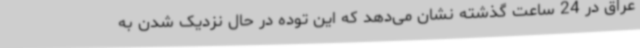
عراق در 24 ساعت گذشته نشان می‌دهد که این توده در حال نزدیک شدن به